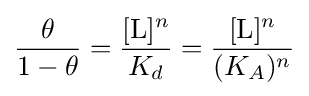
{\theta  \over 1-\theta }={[{\ce {L}}]^{n} \over K_{d}}={[{\ce {L}}]^{n} \over (K_{A})^{n}}